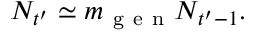
N _ { t ^ { \prime } } \simeq m _ { \mathrm { ~ g ~ e ~ n ~ } } N _ { t ^ { \prime } - 1 } .